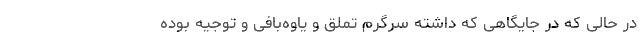
در حالی که در جایگاهی که داشته سرگرم تملق و یاوه‌بافی و توجیه بوده